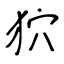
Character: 狖